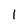
Character: l